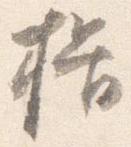
揖